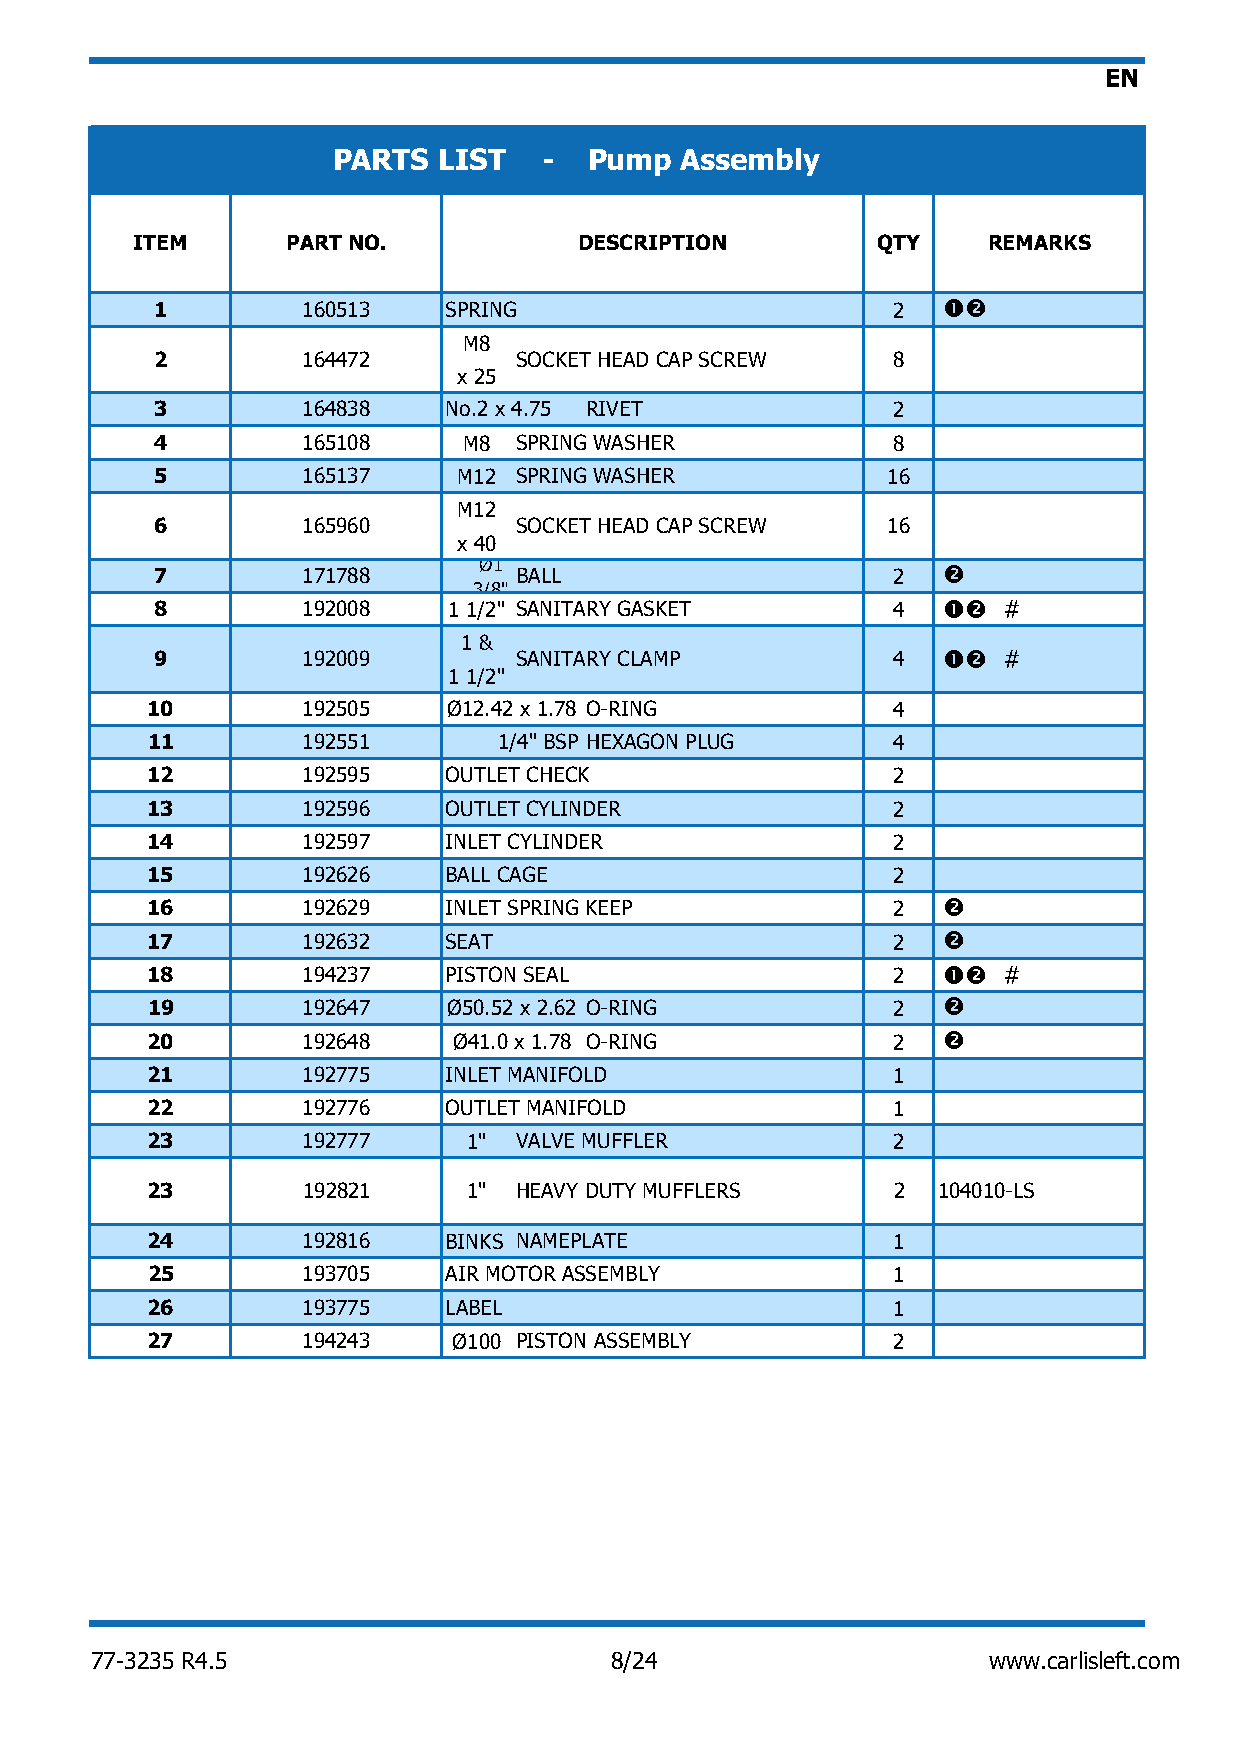
EN
 PARTS  LIST   -  Pump  Assembly
 ITEM      PART NO.           DESCRIPTION         QTY    REMARKS
 1         160513   SPRING                        2  
 M8
 2         164472        SOCKET HEAD CAP SCREW    8
 x 25
 3         164838   No.2 x 4.75 RIVET             2
 4         165108     M8 SPRING WASHER            8
 5         165137    M12 SPRING WASHER            16
 M12
 6         165960        SOCKET HEAD CAP SCREW    16
 x 40
 Ø1
 7         171788        BALL                     2  
 3/8"
 8         192008    1 1/2" SANITARY GASKET       4  #
 1 &
 9         192009        SANITARY CLAMP           4  #
 1 1/2"
 10        192505    Ø12.42 x 1.78 O-RING         4
 11        192551       1/4" BSP HEXAGON PLUG     4
 12        192595   OUTLET CHECK                  2
 13        192596   OUTLET CYLINDER               2
 14        192597   INLET CYLINDER                2
 15        192626   BALL CAGE                     2
 16        192629   INLET SPRING KEEP             2  
 17        192632   SEAT                          2  
 18        194237   PISTON SEAL                   2  #
 19        192647    Ø50.52 x 2.62 O-RING         2  
 20        192648    Ø41.0 x 1.78 O-RING          2  
 21        192775   INLET MANIFOLD                1
 22        192776   OUTLET MANIFOLD               1
 23        192777     1" VALVE MUFFLER            2
 23        192821     1" HEAVY DUTY MUFFLERS      2  104010-LS
 24        192816   BINKS NAMEPLATE               1
 25        193705   AIR MOTOR ASSEMBLY            1
 26        193775   LABEL                         1
 27        194243    Ø100 PISTON ASSEMBLY         2
 77-3235 R4.5                      8/24                     www.carlisleft.com